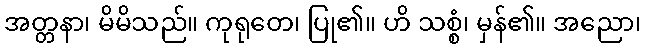
အတ္တနာ၊ မိမိသည်။ ကုရုတေ၊ ပြု၏။ ဟိ သစ္စံ၊ မှန်၏။ အညော၊